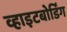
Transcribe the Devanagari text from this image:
व्हाइटबोर्डिंग